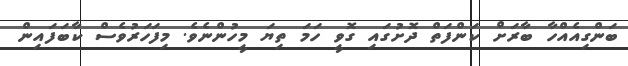
ބަންގިއެއްހާ ބާރަށް ކަންފަތް ދޮށުގައި ގޮވީ ހަމަ ތިޔަ މީހުންނެވެ. މިފަހަރުވެސް ކާބަފައިން